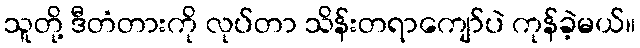
သူတို့ ဒီတံတားကို လုပ်တာ သိန်းတရာကျော်ပဲ ကုန်ခဲ့မယ်။